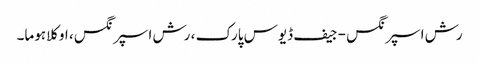
رش اسپرنگس - جیف ڈیوس پارک ، رش اسپرنگس ، اوکلاہوما۔